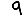
Digit: 9